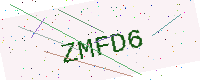
Text: ZMFD6